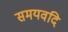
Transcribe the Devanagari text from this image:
समयवदि